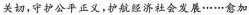
关切，守护公平正义，护航经济社会发展……愈加